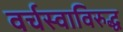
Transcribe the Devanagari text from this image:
वर्चस्वाविरुद्ध